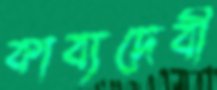
কাব্যদেবী